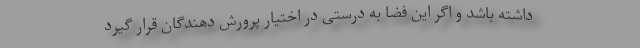
داشته باشد و اگر این فضا به درستی در اختیار پرورش دهندگان قرار گیرد